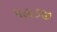
પહાડજી